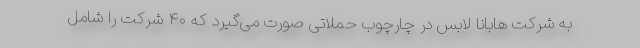
به شرکت هابانا لابس در چارچوب حملاتی صورت می‌گیرد که ۴۰ شرکت را شامل